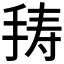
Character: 𭠸